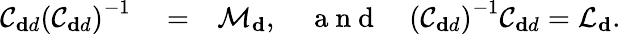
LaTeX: \begin{array}{rlr}{\mathcal{C}_{\mathbf dd}\left(\mathcal{C}_{\mathbf dd}\right)^{-1}}&{{}=}&{\mathcal{M}_{\mathbf d},\quad\mathrm{~a~n~d~}\quad\left(\mathcal{C}_{\mathbf dd}\right)^{-1}\mathcal{C}_{\mathbf dd}=\mathcal{L}_{\mathbf d}.}\end{array}